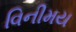
વિનીમય